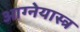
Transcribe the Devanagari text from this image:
आग्‍नेयास्‍त्र